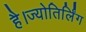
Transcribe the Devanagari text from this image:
है।ज्योतिर्लिंग